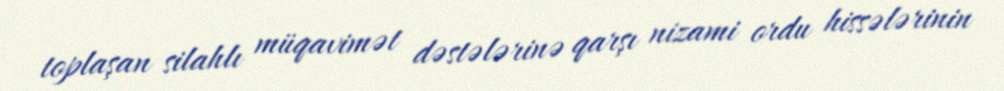
toplaşan silahlı müqavimət dəstələrinə qarşı nizami ordu hissələrinin